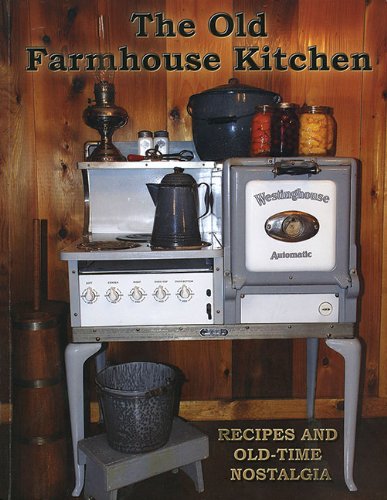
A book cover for The Old Farmhouse Kitchen: Recipes and Old-Time Nostalgia; Frances A. Gillette; Cookbooks, Food & Wine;